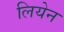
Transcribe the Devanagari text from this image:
लियेन